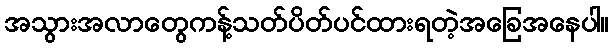
အသွားအလာတွေကန့်သတ်ပိတ်ပင်ထားရတဲ့အခြေအနေပါ။